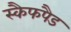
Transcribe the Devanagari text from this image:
स्कैफपैड